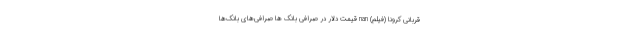
قربانی کرونا (فیلم) nan قیمت دلار در صرافی بانک ها صرافی‌های بانک‌ها